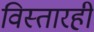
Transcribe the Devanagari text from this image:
विस्तारही